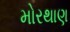
મોરથાણ